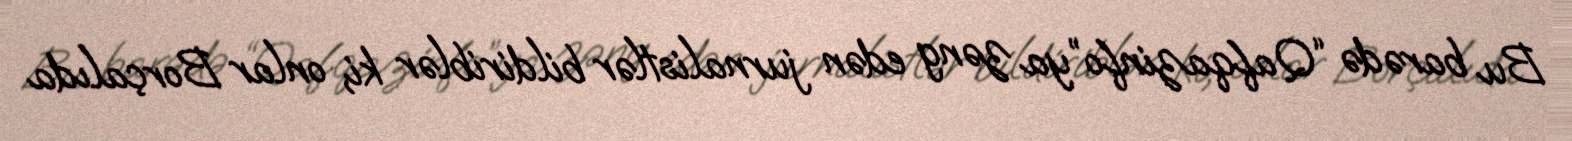
Bu barədə “Qafqazinfo”ya zəng edən jurnalistlər bildiriblər ki, onlar Borçalıda